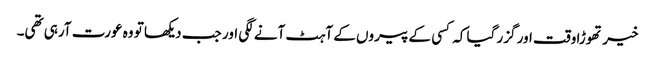
خیر تھوڑا وقت اور گزر گیا کہ کسی کے پیروں کے آہٹ آنے لگی اور جب دیکھا تو وہ عورت آرہی تھی۔